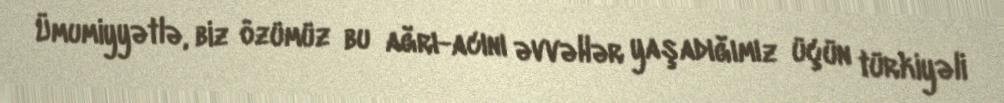
Ümumiyyətlə, biz özümüz bu ağrı-acını əvvəllər yaşadığımız üçün türkiyəli